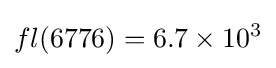
fl(6776)=6.7\times 10^{3}